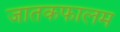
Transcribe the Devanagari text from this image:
जातकफालम